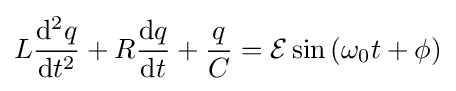
L{\mathrm {d} ^{2}q \over \mathrm {d} t^{2}}+R{\mathrm {d} q \over \mathrm {d} t}+{q \over C}={\mathcal {E}}\sin \left(\omega _{0}t+\phi \right)\,\!